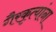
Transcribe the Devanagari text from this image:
गैरकृत्यांना